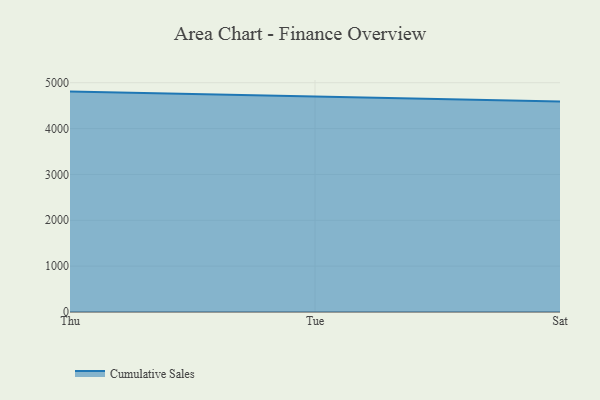
{"axis": {"x": "Day", "y": "Budget (USD K)"}, "legend": ["Cumulative Sales"], "data": [{"x": "Thu", "y": 4806.3, "type": "Cumulative Sales"}, {"x": "Tue", "y": 4695.0, "type": "Cumulative Sales"}, {"x": "Sat", "y": 4591.2, "type": "Cumulative Sales"}]}